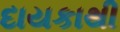
દાયકાથી